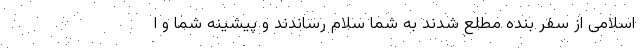
اسلامی از سفر بنده مطلع شدند به شما سلام رساندند و پیشینه شما و ا